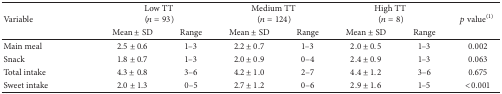
<table><thead><tr><td rowspan="2"><b>Variable</b></td><td colspan="2"><b>Low TT (<i>n</i> = 93)</b></td><td colspan="2"><b>Medium TT (<i>n</i> = 124)</b></td><td colspan="2"><b>High TT (<i>n</i> = 8)</b></td><td rowspan="2"><b><i>p</i> value<sup>(1)</sup></b></td></tr><tr><td><b>Mean ± SD</b></td><td><b>Range</b></td><td><b>Mean ± SD</b></td><td><b>Range</b></td><td><b>Mean ± SD</b></td><td><b>Range</b></td></tr></thead><tbody><tr><td>Main meal</td><td>2.5 ± 0.6</td><td>1–3</td><td>2.2 ± 0.7</td><td>1–3</td><td>2.0 ± 0.5</td><td>1–3</td><td>0.002</td></tr><tr><td>Snack</td><td>1.8 ± 0.7</td><td>1–3</td><td>2.0 ± 0.9</td><td>0–4</td><td>2.4 ± 0.9</td><td>1–3</td><td>0.063</td></tr><tr><td>Total intake</td><td>4.3 ± 0.8</td><td>3–6</td><td>4.2 ± 1.0</td><td>2–7</td><td>4.4 ± 1.2</td><td>3–6</td><td>0.675</td></tr><tr><td>Sweet intake</td><td>2.0 ± 1.3</td><td>0–5</td><td>2.7 ± 1.2</td><td>0–6</td><td>2.9 ± 1.6</td><td>1–5</td><td>&lt;0.001</td></tr></tbody></table>